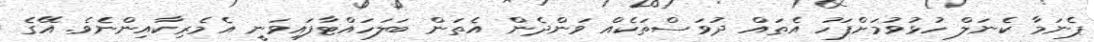
ޕެނަމާ ކެނަލް ހުޅުވުމަށްފަހު އެތައް ދުވަސްތަކެއް ވަންދެން އެތަން ބަލަހައްޓާފައިވަނީ އެމެރިކާއިންނެވެ. އޭގެ